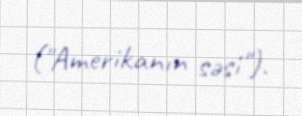
("Amerikanın səsi").